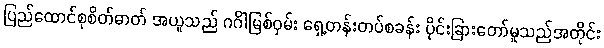
ပြည်ထောင်စုစိတ်ဓာတ် အယူသည် ဂင်္ဂါမြစ်ဝှမ်း ရှေ့တန်းတပ်စခန်း ပိုင်းခြားတော်မူသည်အတိုင်း